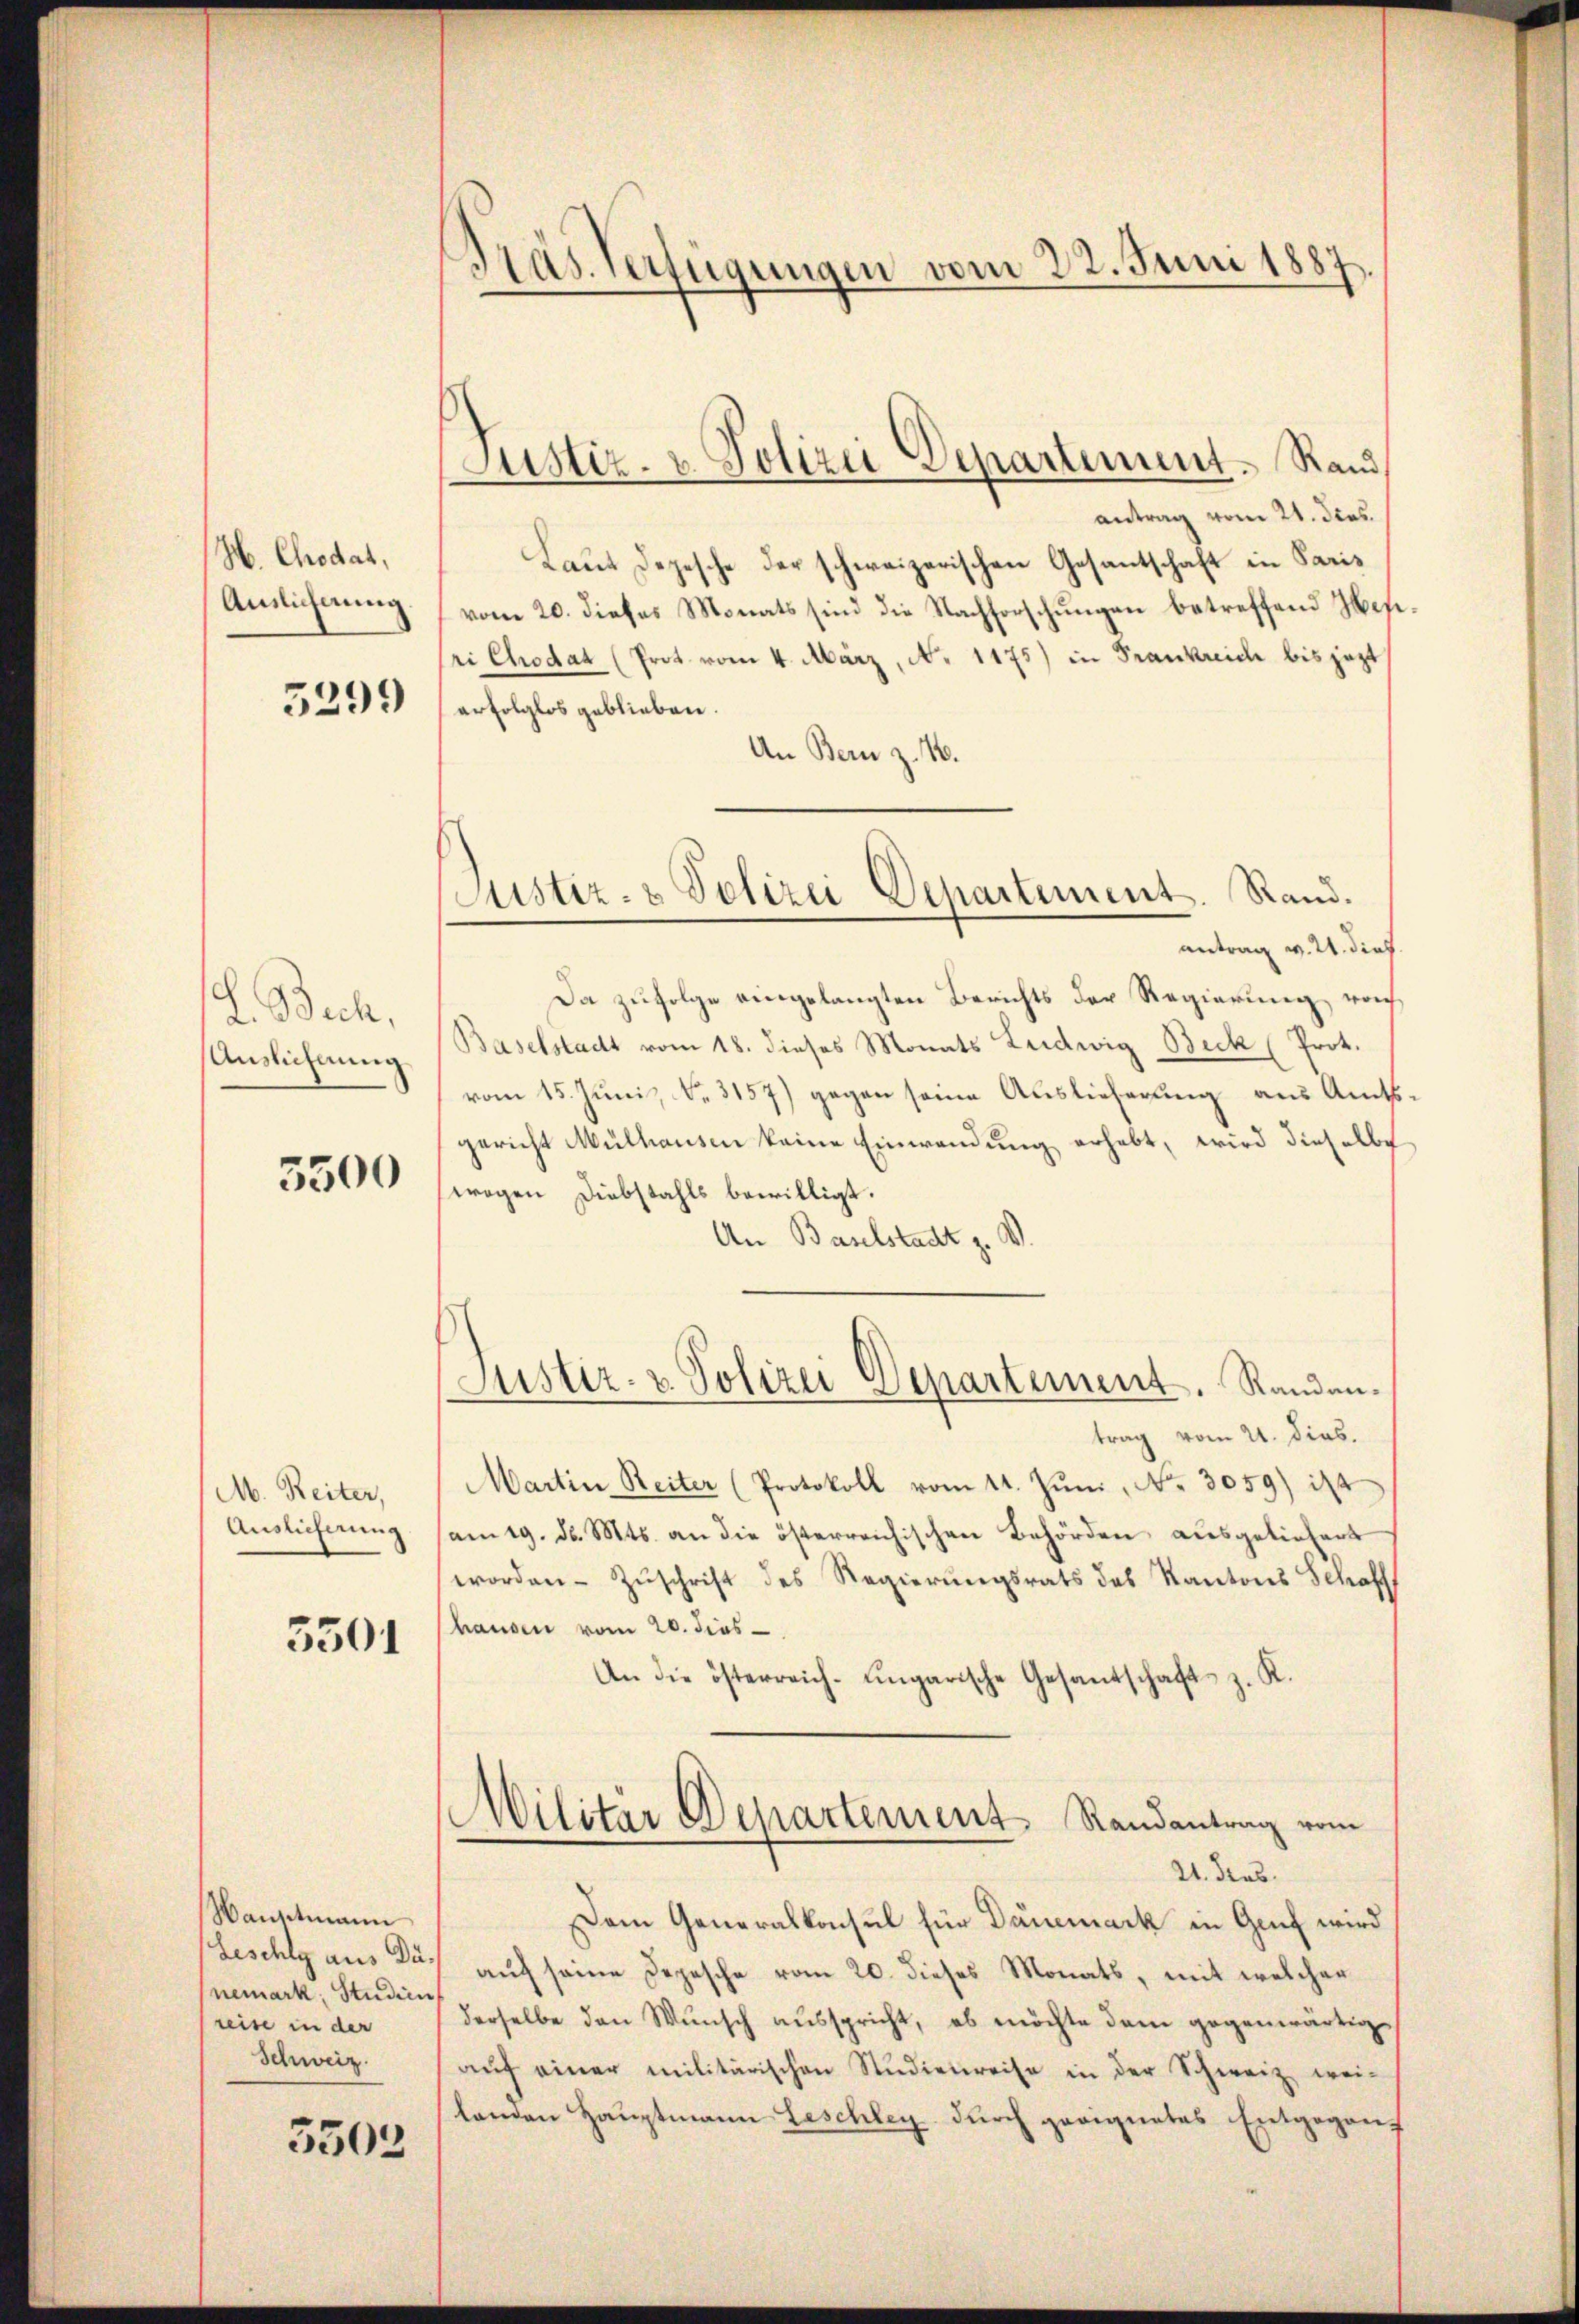
H. Chodat,
Anslicherung.

5299

L. Buch.
Auslichnung

3500

M. Reiter,
Auslieferung

3501

Hauptmann
nemark, Studien
reise in der
Schweiz.

5503

Präs. Verfügungen vom 22. Juni 1887.

antrag vom 21. dies
Laut Depesche der schweizerischen Gesantschaft in Paris
vom 20. dieses Monats sind die Nachforschungen betreffend Hesipri Chodat (Prot vom 4. März, No 1175) in Frankreich bis jezt
erfolglos geblieben.
An Bern z. 16.

Justiz- & Polizei Departement. Rand

Justiz- & Polizei Departement. Rand.
antrag v. 21. dief

Da zufolge eingelangten Berichts der Regierung noch
Baselstadt vom 18. dieses Monats Ludwig Beck (Prot.
vom 15. Juni, No. 3157) gegen seine Auslieferung aus Amtsgericht Mülhausen keine Einwendung erhebt, wird dieselbe
wogen Diebstahls bewilligt.
An Barlstadt z. V.
Justiz- & Polizei Departement. Randantrag vom 21. dies.
Martin Reiter (Protokoll vom 11. Jŭni, No. 3059) ist
am 19. d. Mts. an die österreichischen Behörden ausgeliefert
worden. Zŭschrift des Regierungsrats des Kantons Schaff
hausen vom 20. dies
An die österreich-ungarische Gesandschaft z. K.

Dem Generalkonsul für Dauemack in Genf wird
(Geschly aus das auf seine Depesche vom 20. dieses Monats, mit welcher
derselbe den Wunsch ausspricht, es möchte dem gegenwärtig
aŭf einer militärischen Studienreise in der Schweiz wei-
landen Hauptmann Leschley durch geeignetes Entgegens

Militär Departement Randantrag vom
21. Fras.